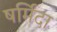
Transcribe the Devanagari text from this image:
षर्मिंदा